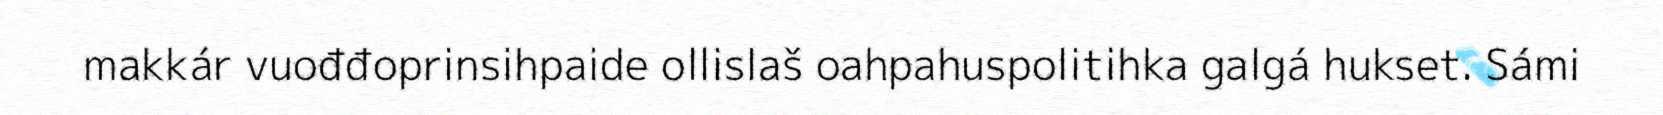
makkár vuođđoprinsihpaide ollislaš oahpahuspolitihka galgá hukset. Sámi